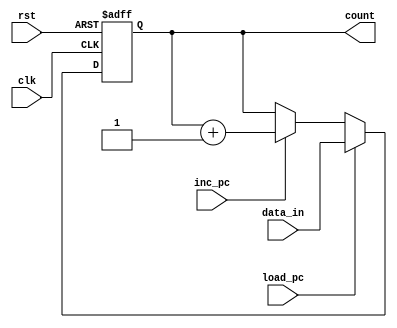
module prgm_cnt #(parameter word_sz=8) 
	(	output reg [word_sz-1:0] count,
		input [word_sz-1:0] data_in,
		input load_pc, inc_pc,
		input clk, rst);
	always @(posedge clk or negedge rst)
		if (~rst)
			count <= 0;
		else if (load_pc)
			count <= data_in;
		else if (inc_pc)
			count <= count + 1;
endmodule